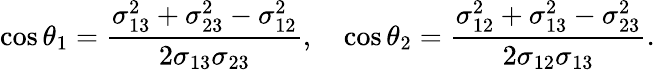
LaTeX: \cos\theta_{1}=\frac{\sigma_{13}^{2}+\sigma_{23}^{2}-\sigma_{12}^{2}}{2\sigma_{13}\sigma_{23}},\quad\cos\theta_{2}=\frac{\sigma_{12}^{2}+\sigma_{13}^{2}-\sigma_{23}^{2}}{2\sigma_{12}\sigma_{13}}.